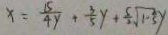
x = \frac { 1 5 } { 4 y } + \frac { 3 } { 5 } y + \frac { 5 } { 2 } \sqrt { 1 - \frac { 3 } { 5 } } y